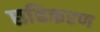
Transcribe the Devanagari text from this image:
छबिकरण